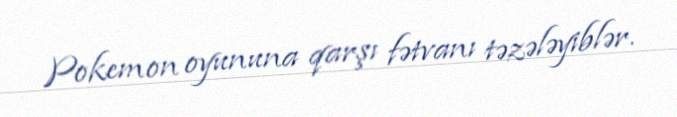
Pokemon oyununa qarşı fətvanı təzələyiblər.